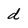
Character: d